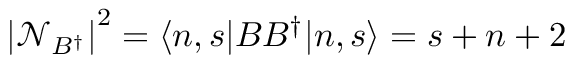
\left| \mathcal { N } _ { B ^ { \dagger } } \right| ^ { 2 } = \langle n , s | B B ^ { \dagger } | n , s \rangle = s + n + 2